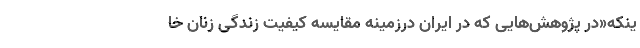
ینکه«در پژوهش‌هایی که در ایران درزمینه مقایسه کیفیت زندگی زنان خا